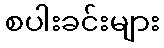
စပါးခင်းများ